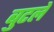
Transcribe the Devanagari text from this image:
बुटले